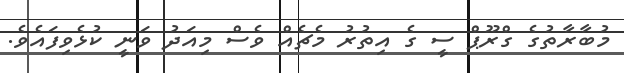
މުބާރާތުގެ ގްރޫޕް ސީ ގެ އިތުރު މެޗެއް ވެސް މިއަދު ވަނީ ކުޅެވިފައެވެ.